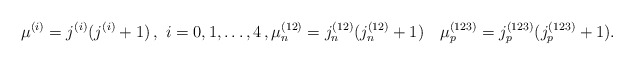
\begin{align*}\mu^{(i)} = j^{(i)}(j^{(i)}+1)\,,\ i=0,1,\dots,4\,,\mu_n^{(12)} = j_n^{(12)}(j_n^{(12)}+1)\quad\mu_p^{(123)} = j_p^{(123)}(j_p^{(123)}+1).\end{align*}